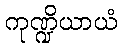
ကုဏ္ဍိယာယံ